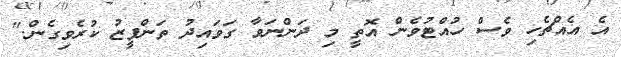
އެ އެއްޗެހި ވެސް ހުއްޓުވެން އޮތީ މި ދަންނަވާ ގަވައިދު ތަންފީޒު ކުރެވިގެން."